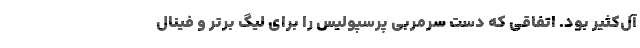
آل‌کثیر بود. اتفاقی که دست سرمربی پرسپولیس را برای لیگ برتر و فینال